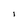
Character: I